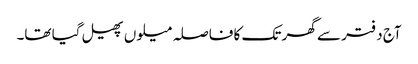
آج دفتر سے گھر تک کا فاصلہ میلوں پھیل گیا تھا۔